Medical and sanitary report of the native army of Madras for the year
Year: 1872
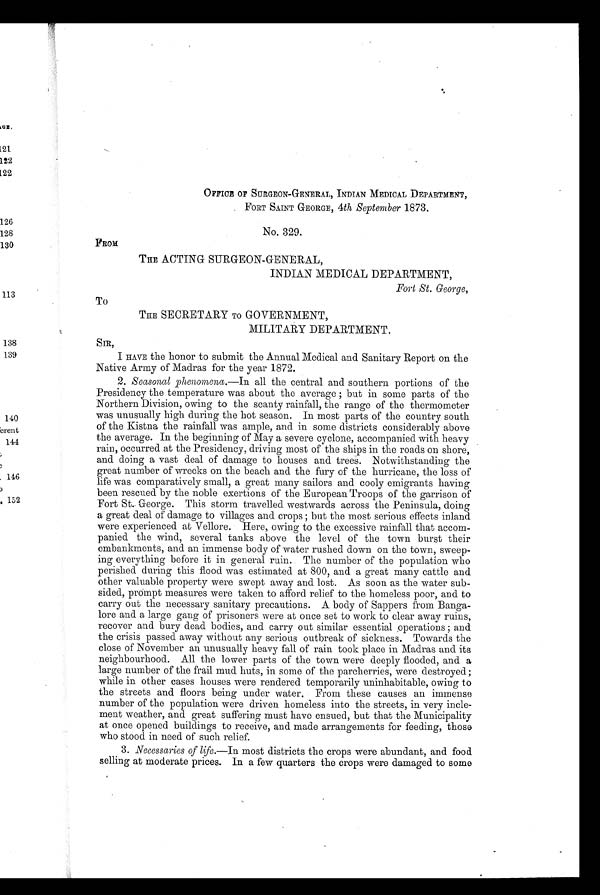
OFFICE OF SURGEON-GENERAL, INDIAN MEDICAL DEPARTMENT,
FORT SAINT GEORGE, 4th September 1873.
No. 329.
FROM
THE ACTING SURGEON-GENERAL,
INDIAN MEDICAL DEPARTMENT,
Fort St. George,
To
THE SECRETARY TO GOVERNMENT,
MILITARY DEPARTMENT.
SIR,
I HAVE the honor to submit the Annual Medical and Sanitary Report on the
Native Army of Madras for the year 1872.
2. Seasonal phenomena.— In all the central and southern portions of the
Presidency the temperature was about the average; but in some parts of the
Northern Division, owing to the scanty rainfall, the range of the thermometer
was unusually high during the hot season. In most parts of the country south
of the Kistna the rainfall was ample, and in some districts considerably above
the average. In the beginning of May a severe cyclone, accompanied with heavy
rain, occurred at the Presidency, driving most of the ships in the roads on shore,
and doing a vast deal of damage to houses and trees. Notwithstanding the
great number of wrecks on the beach and the fury of the hurricane, the loss of
life was comparatively small, a great many sailors and cooly emigrants having
been rescued by the noble exertions of the European Troops of the garrison of
Fort St. George. This storm travelled westwards across the Peninsula, doing
a great deal of damage to villages and crops; but the most serious effects inland
were experienced at Vellore. Here, owing to the excessive rainfall that accom-
-panied the wind, several tanks above the level of the town burst their
embankments, and an immense body of water rushed down on the town, sweep--
ing everything before it in general ruin. The number of the population who
perished during this flood was estimated at 800, and a great many cattle and
other valuable property were swept away and lost. As soon as the water sub--
sided, prompt measures were taken to afford relief to the homeless poor, and to
carry out the necessary sanitary precautions. A body of Sappers from Banga--
lore and a large gang of prisoners were at once set to work to clear away ruins,
recover and bury dead bodies, and carry out similar essential operations; and
the crisis passed away without any serious outbreak of sickness. Towards the
close of November an unusually heavy fall of rain took place in Madras and its
neighbourhood. All the lower parts of the town were deeply flooded, and a
large number of the frail mud huts, in some of the parcherries, were destroyed;
while in other cases houses were rendered temporarily uninhabitable, owing to
the streets and floors being under water. From these causes an immense
number of the population were driven homeless into the streets, in very incle--
ment weather, and great suffering must have ensued, but that the Municipality
at once opened buildings to receive, and made arrangements for feeding, those
who stood in need of such relief.
3. Necessaries of life.— In most districts the crops were abundant, and food
selling at moderate prices. In a few quarters the crops were damaged to some